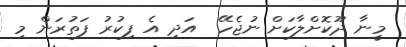
މީނާ ދޫކޮށްލާކަށް ނުޖެހޭ  އަދި އެ ފިކުރު ފަތުރަން މި